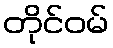
တိုင်ဝမ်